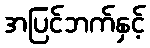
အပြင်ဘက်နှင့်